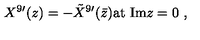
X ^ { 9 \prime } ( z ) = - { \tilde { X } } ^ { 9 \prime } ( \bar { z } ) \mathrm { a t \ I m } z = 0 \ ,